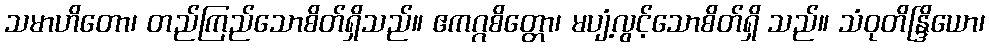
သမာဟိတော၊ တည်ကြည်သောစိတ်ရှိသည်။ ဧကဂ္ဂစိတ္တော၊ မပျံ့လွင့်သောစိတ်ရှိ သည်။ သံဝုတိန္ဒြိယော၊